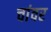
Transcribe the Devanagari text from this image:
चांवर